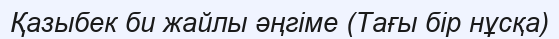
Қазыбек би жайлы әңгіме (Тағы бір нұсқа)